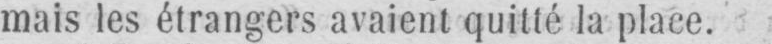
mais les étrangers avaient quitté la place.